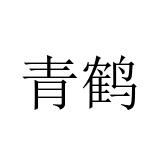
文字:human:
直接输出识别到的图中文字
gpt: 青鹤